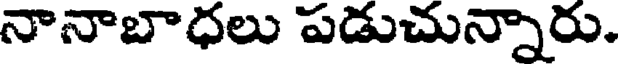
నానాబాధలు పడుచున్నారు.